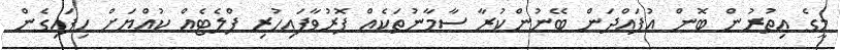
މީގެ އިތުރުން ބޮން އުފައްދަން ބޭނުންކުރާ ސާމާނުތަކެއް ފޮރުވާފައިހުރި ފްލެޓެއް ކުއްޔަށް ހިފައިގެން